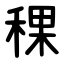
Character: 稞